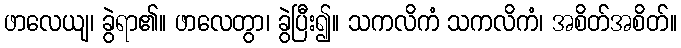
ဖာလေယျ၊ ခွဲရာ၏။ ဖာလေတွာ၊ ခွဲပြီး၍။ သကလိကံ သကလိကံ၊ အစိတ်အစိတ်။